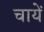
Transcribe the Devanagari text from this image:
चायें